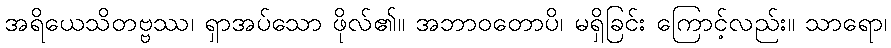
အရိယေသိတဗ္ဗဿ၊ ရှာအပ်သော ဖိုလ်၏။ အဘာဝတောပိ၊ မရှိခြင်း ကြောင့်လည်း။ သာရော၊